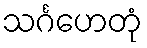
သင်္ဂဟေတုံ